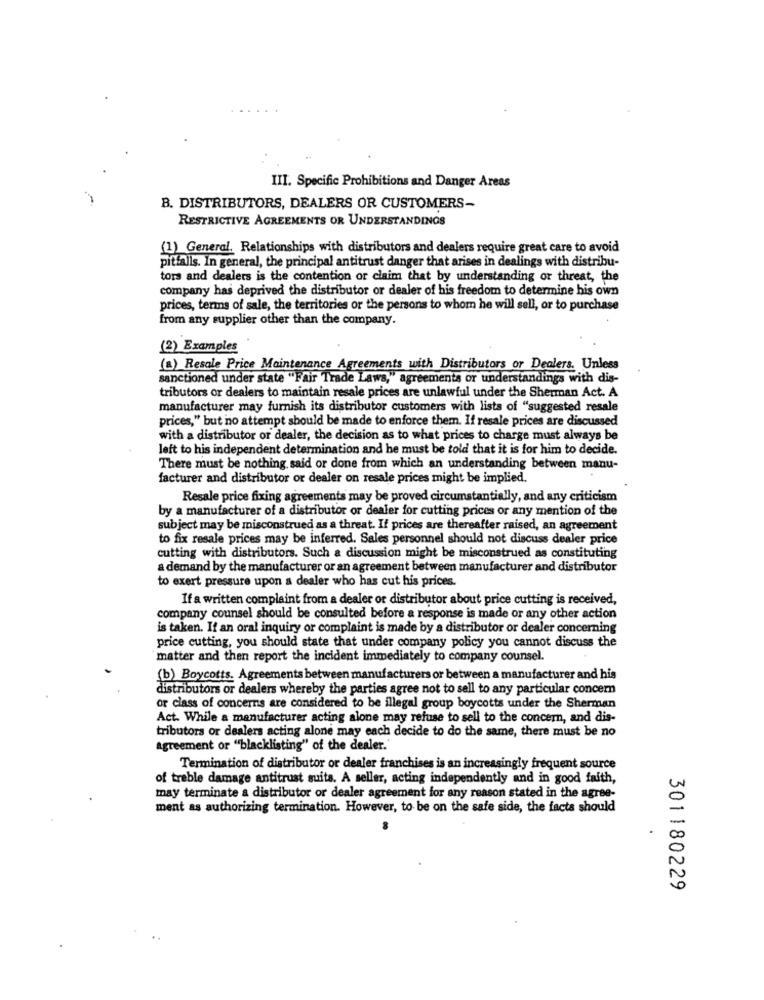
III. Specific Prohibitions and Danger Areas
B. DISTRIBUTORS, DEALERS OR CUSTOMERS-
RESTRICTIVE AGREEMENTS OR UNDERSTANDINGS
(1) General. Relationships with distributors and dealers require great care to avoid
pitfalls. In general, the principal antitrust danger that arises in dealings with distribu-
tors and dealers is the contention or claim that by understanding or threat, the
company has deprived the distributor or dealer of his freedom to determine his own
prices, terms of sale, the territories or the persons to whom he will sell, or to purchase
from any supplier other than the company.
(2) Examples
(a) Resale Price Maintenance Agreements with Distributors or Dealers. Unless
sanctioned under state "Fair Trade Laws," agreements or understandings with dis-
tributors or dealers to maintain resale prices are unlawful under the Sherman Act. A
manufacturer may furnish its distributor customers with lists of "suggested resale
prices," but no attempt should be made to enforce them. If resale prices are discussed
with a distributor or dealer, the decision as to what prices to charge must always be
left to his independent determination and he must be told that it is for him to decide.
There must be nothing, said or done from which an understanding between manu-
facturer and distributor or dealer on resale prices might be implied.
Resale price fixing agreements may be proved circumstantially, and any criticism
by a manufacturer of a distributor or dealer for cutting prices or any mention of the
subject may be misconstrued as a threat. If prices are thereafter raised, an agreement
to fix resale prices may be inferred. Sales personnel should not discuss dealer price
cutting with distributors. Such a discussion might be misconstrued as constituting
a demand by the manufacturer or an agreement between manufacturer and distributor
to exert pressure upon a dealer who has cut his prices.
If a written complaint from a dealer or distributor about price cutting is received,
company counsel should be consulted before a response is made or any other action
is taken. If an oral inquiry or complaint is made by a distributor or dealer concerning
price cutting, you should state that under company policy you cannot discuss the
matter and then report the incident immediately to company counsel.
(b) Boycotts. Agreements between manufacturers or between a manufacturer and his
distributors or dealers whereby the parties agree not to sell to any particular concern
or class of concerns are considered to be illegal group boycotts under the Sherman
Act. While a manufacturer acting alone may refuse to sell to the concern, and dis-
tributors or dealers acting alone may each decide to do the same, there must be no
Agreement or "blacklisting" of the dealer.
Termination of distributor or dealer franchises is an increasingly frequent source
of treble damage antitrust suits. A seller, acting independently and in good faith,
may terminate a distributor or dealer agreement for any reason stated in the agree-
ment as authorizing termination. However, to be on the safe side, the facts should
301180229